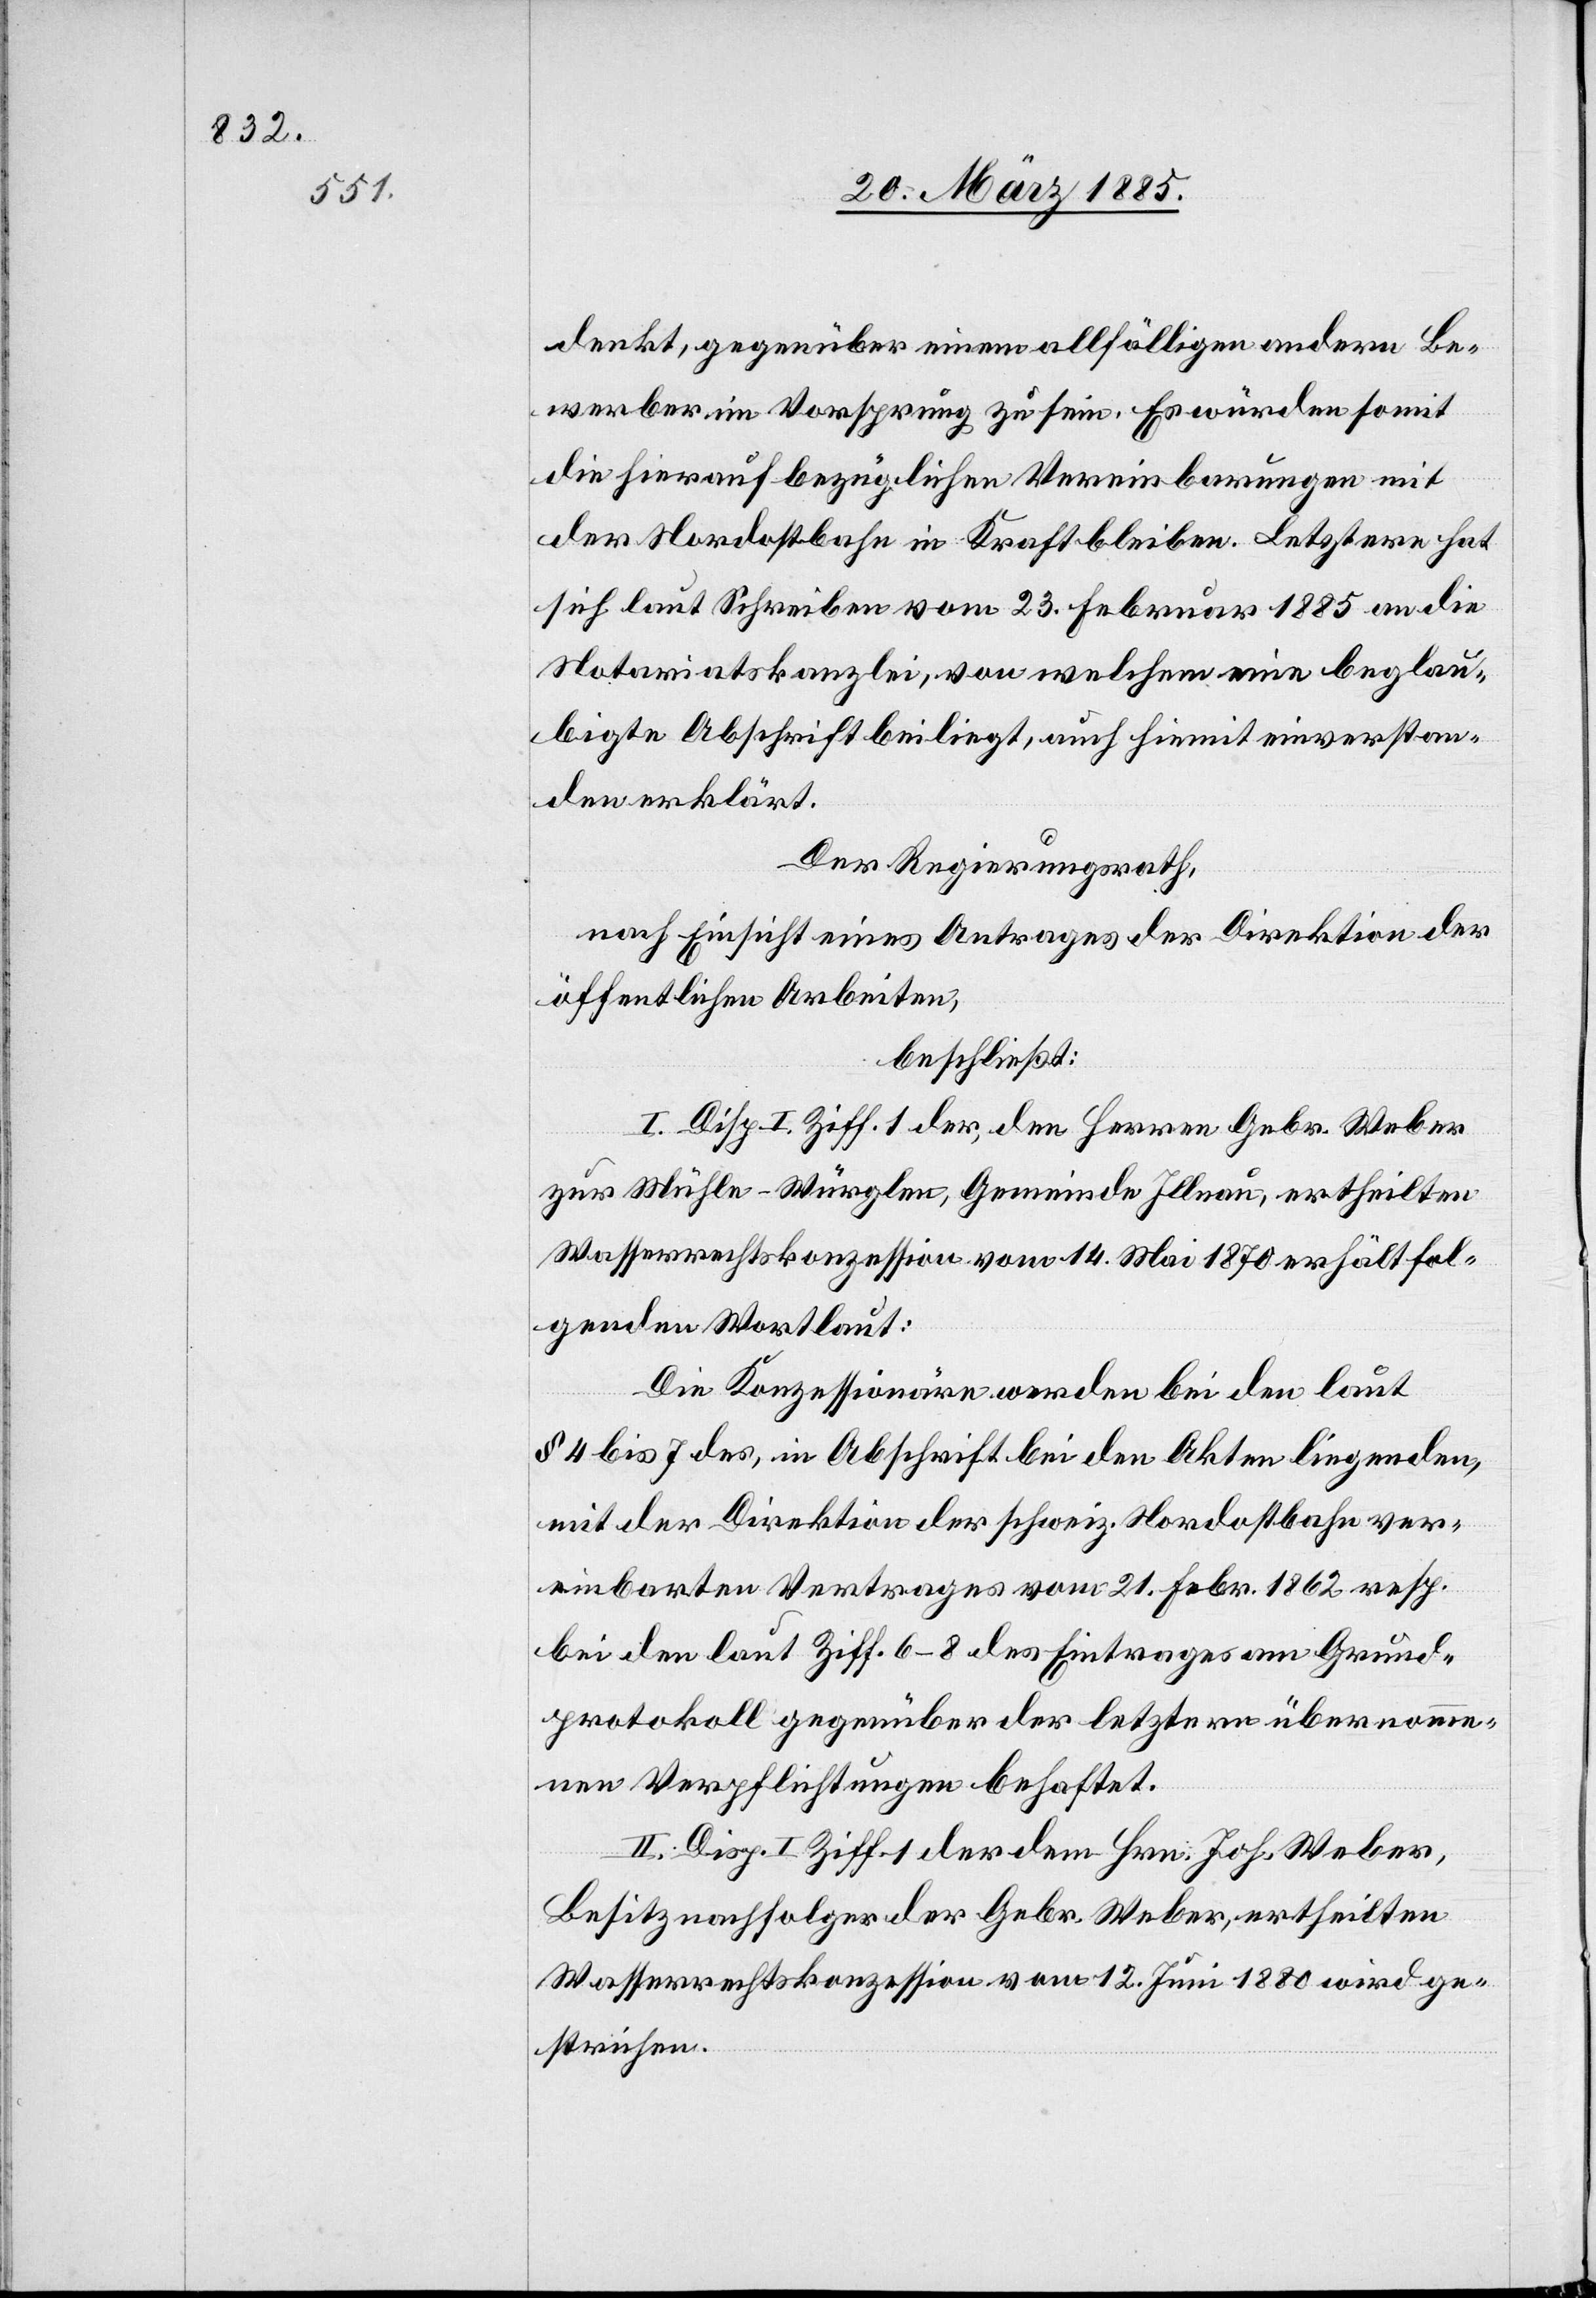
denkt, gegenüber einem allfälligen anderen Be¬
werber im Vorsprung zu sein. Es würden somit
die hierauf bezüglichen Vereinbarungen mit
der Nordostbahn in Kraft bleiben. Letztere hat
sich laut Schreiben vom 23. Februar 1885 an die
Notariatskanzlei, von welchem eine beglau¬
bigte Abschrift beiliegt, auch hiemit einverstan¬
den erklärt.
Der Regierungsrath,
nach Einsicht eines Antrages der Direktion der
öffentlichen Bauten,
beschließt:
I. Disp. I. Ziff. 1 der, den Herren Gebr. Weber
zur Mühle - Würglen, Gemeinde Illnau, ertheilten
Wasserrechtskonzession vom 14. Mai 1870 erhält fol¬
genden Wortlaut:
Die Konzessionäre werden bei den laut
§ 4 bis 7 des, in Abschrift bei den Akten liegenden,
mit der Direktion der schweiz. Nordostbahn ver¬
einbarten Vertrages vom 21. Febr. 1862 resp.
bei den laut Ziff. 6–8 des Eintrages am Grund¬
protokoll gegenüber der letztern übernomme¬
nen Verpflichtungen behaftet.
II. Disp. I Ziff. 1 der dem Hrn. Joh. Weber,
Besitznachfolger der Gebr. Weber, ertheilten
Wasserrechtskonzession vom 12. Juni 1880 wird ge¬
strichen.